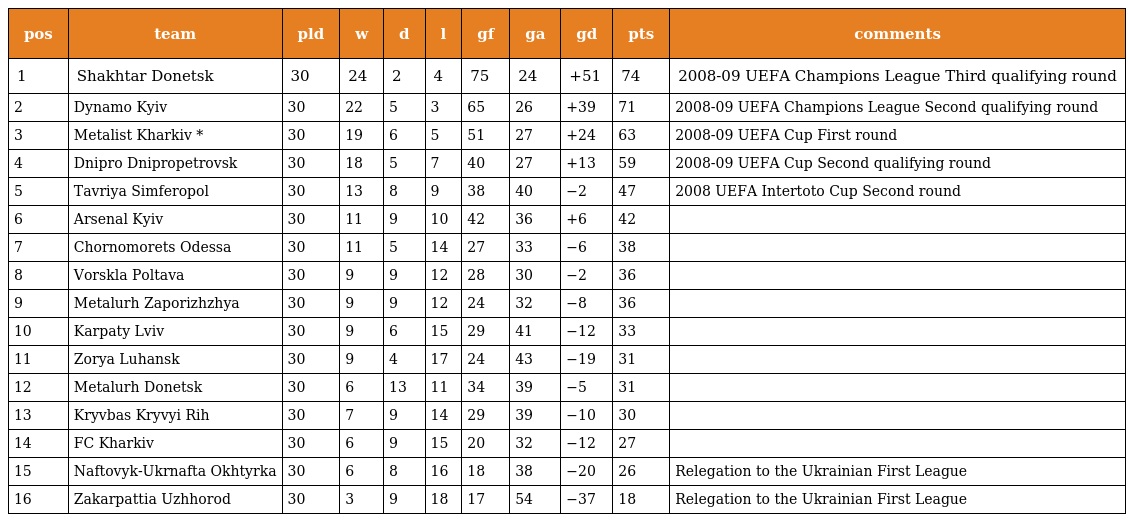
| pos | team | pld | w | d | l | gf | ga | gd | pts | comments |
 | --- | --- | --- | --- | --- | --- | --- | --- | --- | --- | --- |
 | 1 | Shakhtar Donetsk | 30 | 24 | 2 | 4 | 75 | 24 | +51 | 74 | 2008-09 UEFA Champions League Third qualifying round |
 | 2 | Dynamo Kyiv | 30 | 22 | 5 | 3 | 65 | 26 | +39 | 71 | 2008-09 UEFA Champions League Second qualifying round |
 | 3 | Metalist Kharkiv * | 30 | 19 | 6 | 5 | 51 | 27 | +24 | 63 | 2008-09 UEFA Cup First round |
 | 4 | Dnipro Dnipropetrovsk | 30 | 18 | 5 | 7 | 40 | 27 | +13 | 59 | 2008-09 UEFA Cup Second qualifying round |
 | 5 | Tavriya Simferopol | 30 | 13 | 8 | 9 | 38 | 40 | −2 | 47 | 2008 UEFA Intertoto Cup Second round |
 | 6 | Arsenal Kyiv | 30 | 11 | 9 | 10 | 42 | 36 | +6 | 42 |  |
 | 7 | Chornomorets Odessa | 30 | 11 | 5 | 14 | 27 | 33 | −6 | 38 |  |
 | 8 | Vorskla Poltava | 30 | 9 | 9 | 12 | 28 | 30 | −2 | 36 |  |
 | 9 | Metalurh Zaporizhzhya | 30 | 9 | 9 | 12 | 24 | 32 | −8 | 36 |  |
 | 10 | Karpaty Lviv | 30 | 9 | 6 | 15 | 29 | 41 | −12 | 33 |  |
 | 11 | Zorya Luhansk | 30 | 9 | 4 | 17 | 24 | 43 | −19 | 31 |  |
 | 12 | Metalurh Donetsk | 30 | 6 | 13 | 11 | 34 | 39 | −5 | 31 |  |
 | 13 | Kryvbas Kryvyi Rih | 30 | 7 | 9 | 14 | 29 | 39 | −10 | 30 |  |
 | 14 | FC Kharkiv | 30 | 6 | 9 | 15 | 20 | 32 | −12 | 27 |  |
 | 15 | Naftovyk-Ukrnafta Okhtyrka | 30 | 6 | 8 | 16 | 18 | 38 | −20 | 26 | Relegation to the Ukrainian First League |
 | 16 | Zakarpattia Uzhhorod | 30 | 3 | 9 | 18 | 17 | 54 | −37 | 18 | Relegation to the Ukrainian First League |